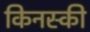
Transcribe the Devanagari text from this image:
किनस्की